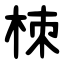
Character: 栜